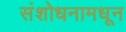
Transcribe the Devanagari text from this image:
संशोधनामधून